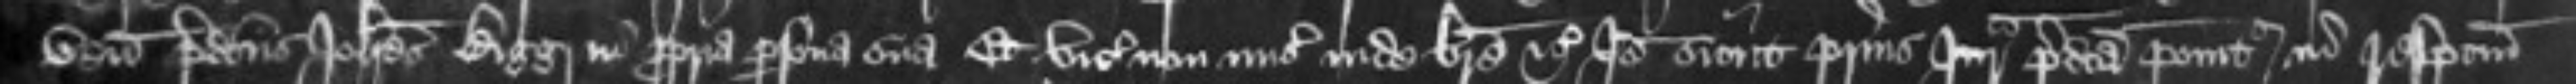
venit predictus Johannes Bigg in propria persona sua Et vicecomites non miserunt inde breve etc Ideo sicut prius Jurata predicta ponitur in respectum